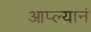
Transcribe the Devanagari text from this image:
आप्ल्यानं